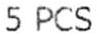
5 PCS